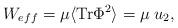
LaTeX: \begin{align*}W_{eff}=\mu \langle{\rm Tr}\Phi^2\rangle =\mu\;u_2,\end{align*}